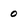
Character: 0